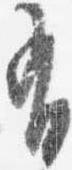
有